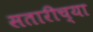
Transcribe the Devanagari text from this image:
सतारीच्या